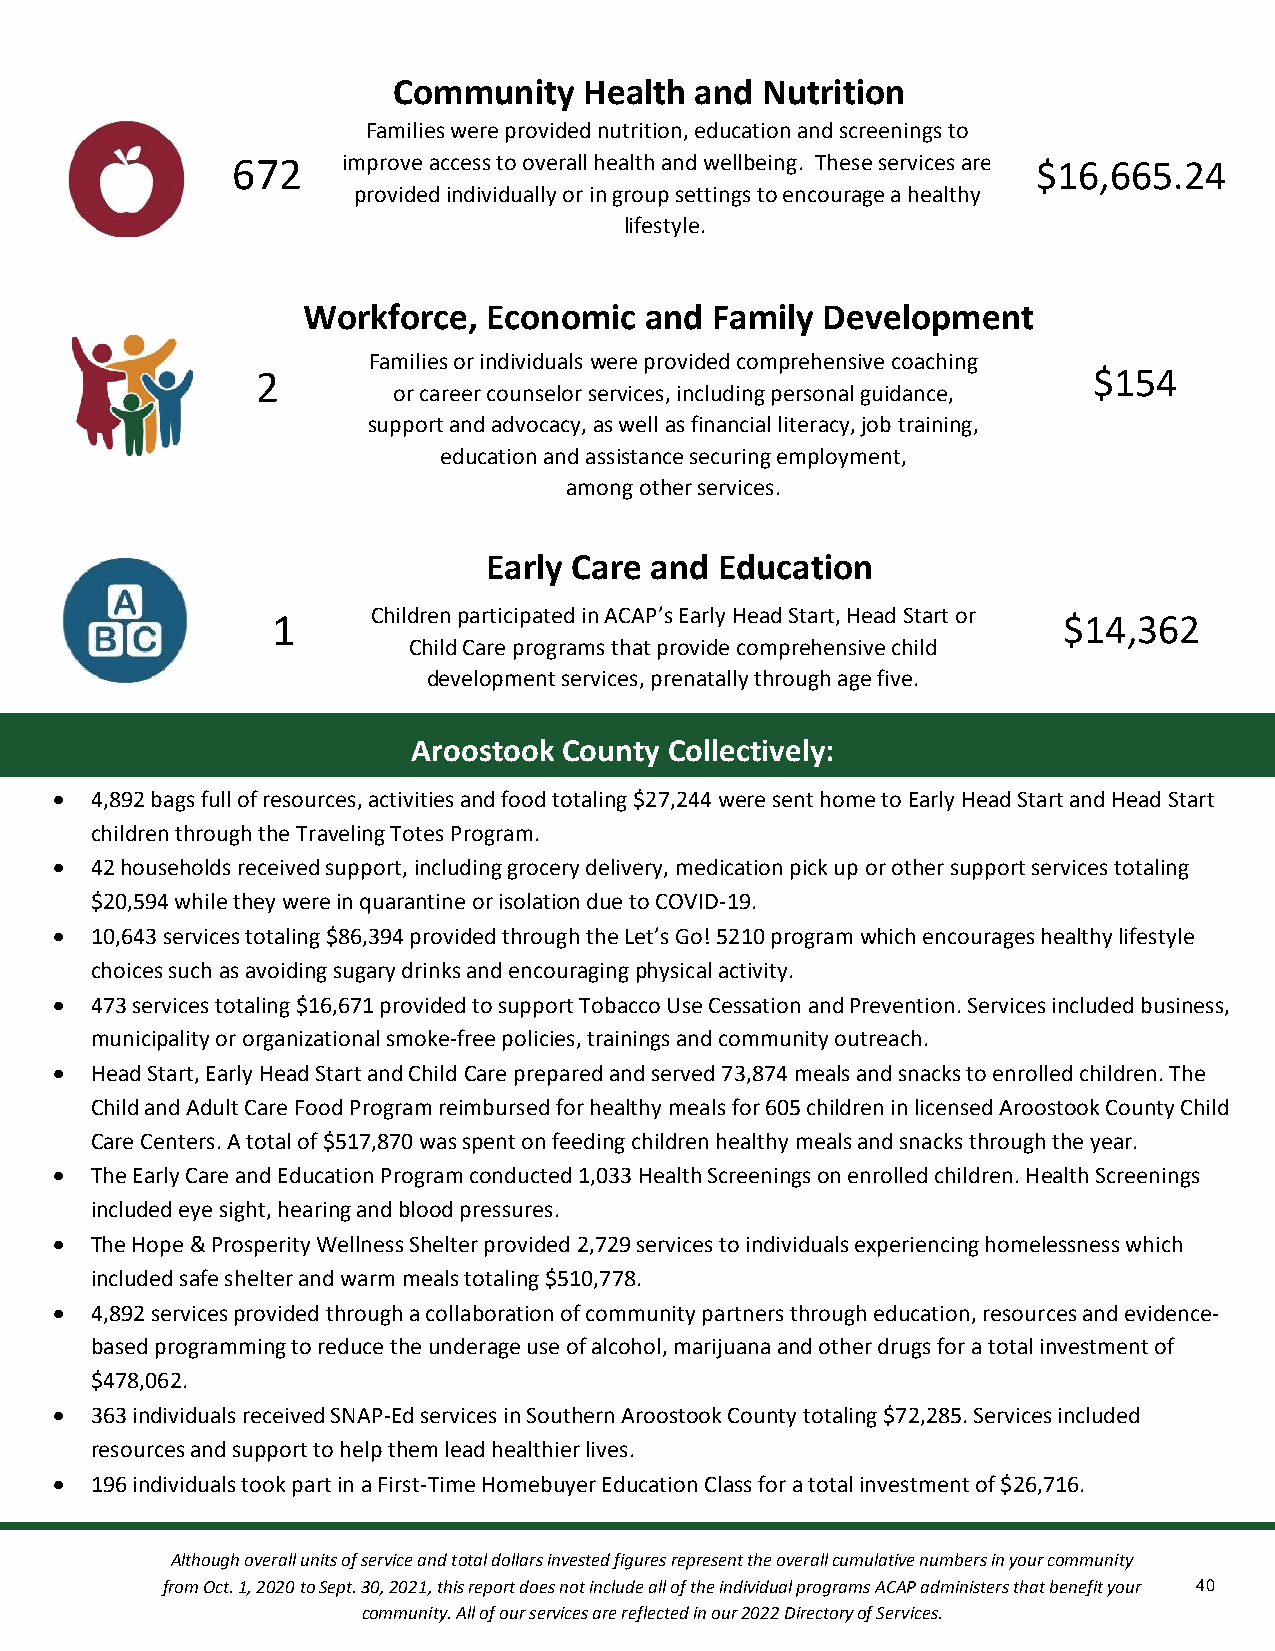
Community    Health and Nutrition
 Families were provided nutrition, education and screenings to
 672     imp rove access to overall healt&h a nd wellbeing. These services are $16,665.24
 provided individually or in group settings to encourage a healthy
 lifestyle.
 cation
 Workforce,  Economic   and Family Development
 Families or individuals were provided comprehensive coaching
 2                                                      $154
 or career counselor services, including personal guidacnacet,i on
 support and advocacy, as well as financial literacy, job training,
 education and assistance securing employment,
 among other services.
 Early Care and  Education
 1      Children participated in ACAP’s Early Head Start, Head Start or $14,362
 Child Care programs that provide comprehensive child
 development services, prenatally through age five.
 Aroostook County Collectively:
  4,892 bags full of resources, activities and food totaling $27,244 were sent home to Early Head Start and Head Start
 children through the Traveling Totes Program.
  42 households received support, including grocery delivery, medication pick up or other support services totaling
 $20,594 while they were in quarantine or isolation due to COVID-19.
  10,643 services totaling $86,394 provided through the Let’s Go! 5210 program which encourages healthy lifestyle
 choices such as avoiding sugary drinks and encouraging physical activity.
  473 services totaling $16,671 provided to support Tobacco Use Cessation and Prevention. Services included business,
 municipality or organizational smoke-free policies, trainings and community outreach.
  Head Start, Early Head Start and Child Care prepared and served 73,874 meals and snacks to enrolled children. The
 Child and Adult Care Food Program reimbursed for healthy meals for 605 children in licensed Aroostook County Child
 Care Centers. A total of $517,870 was spent on feeding children healthy meals and snacks through the year.
  The Early Care and Education Program conducted 1,033 Health Screenings on enrolled children. Health Screenings
 included eye sight, hearing and blood pressures.
  The Hope & Prosperity Wellness Shelter provided 2,729 services to individuals experiencing homelessness which
 included safe shelter and warm meals totaling $510,778.
  4,892 services provided through a collaboration of community partners through education, resources and evidence-
 based programming to reduce the underage use of alcohol, marijuana and other drugs for a total investment of
 $478,062.
  363 individuals received SNAP-Ed services in Southern Aroostook County totaling $72,285. Services included
 resources and support to help them lead healthier lives.
  196 individuals took part in a First-Time Homebuyer Education Class for a total investment of $26,716.
 Although overall units of service and total dollars invested figures represent the overall cumulative numbers in your community
 from Oct. 1, 2020 to Sept. 30, 2021, this report does not include all of the individual programs ACAP administers that benefit your 40
 community. All of our services are reflected in our 2022 Directory of Services.